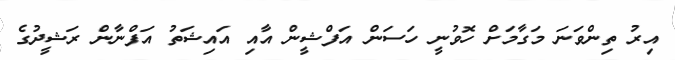
އިރު ތިންވަނަ މަގާމަށް ހޮވުނީ ހަސަން އަފްޝީން އާއި އައިޝަތު އަފްނާން ރަޝީދުގެ